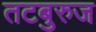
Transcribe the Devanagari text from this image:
तटबुरुज